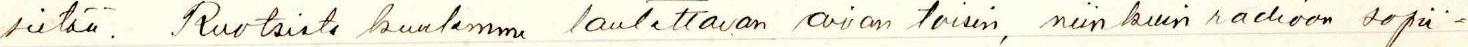
sietää. Ruotsista kuulemme laulettavan aivan toisin, niinkuin radioon sopii=